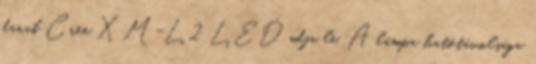
darab Cree XM-L2 LED adja le. A lámpa hatótávolsága